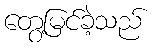
တွေ့မြင်ခဲ့သည်